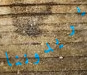
يريدوننا